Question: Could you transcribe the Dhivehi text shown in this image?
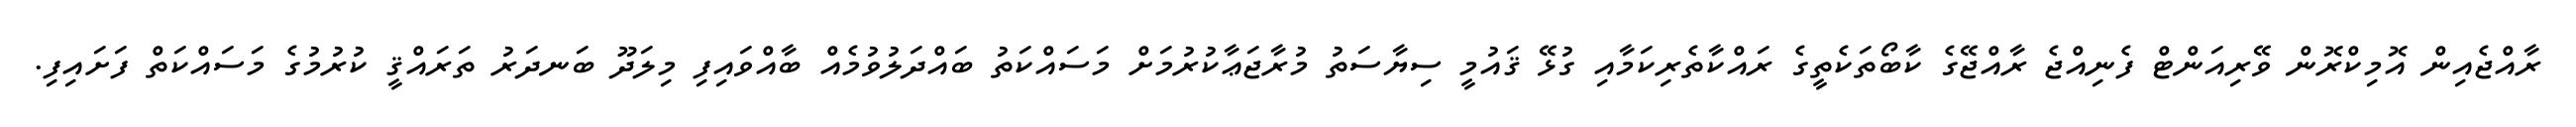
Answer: ރާއްޖެއިން އޮމިކްރޮން ވޭރިއަންޓް ފެނިއްޖެ ރާއްޖޭގެ ކާބޯތަކެތީގެ ރައްކާތެރިކަމާއި ގުޅޭ ޤައުމީ ސިޔާސަތު މުރާޖަޢާކުރުމަށް މަސައްކަތު ބައްދަލުވުމެއް ބާއްވައިފި މިލަދޫ ބަނދަރު ތަރައްޤީ ކުރުމުގެ މަސައްކަތް ފަށައިފި.